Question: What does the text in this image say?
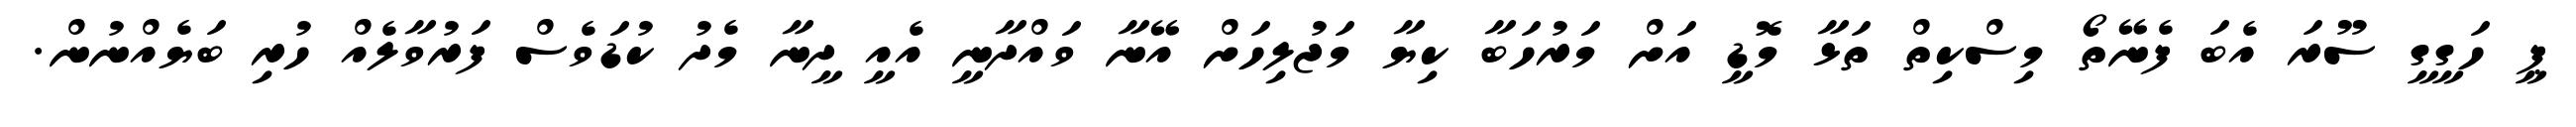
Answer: ޕީ ހަގީގީ ސޫރަ އެބަ ފެނޭތޯ މިސްކިތް ތަޅާ މޮޑީ އަށް މަރުހަބާ ކިޔާ މަޖުލިހަށް އޭނާ ވައްދާނީ އެއީ ދީނާ މެދު ކުޑަވެސް ފަރުވާލެއް ހުރި ބަޔެއްނުން.